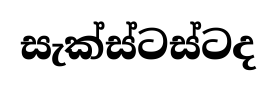
සැක්ස්ටස්ටද